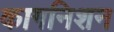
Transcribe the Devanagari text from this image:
कागनिशन